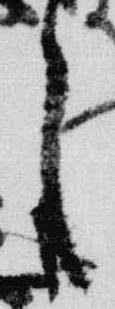
言